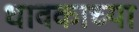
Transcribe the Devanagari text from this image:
धावकाच्या